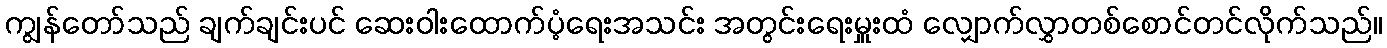
ကျွန်တော်သည် ချက်ချင်းပင် ဆေးဝါးထောက်ပံ့ရေးအသင်း အတွင်းရေးမှူးထံ လျှောက်လွှာတစ်စောင်တင်လိုက်သည်။